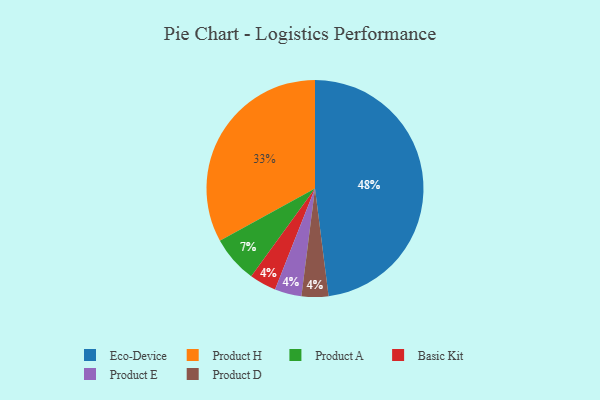
{"axis": {"x": "Category", "y": "Percentage"}, "legend": ["Basic Kit", "Eco-Device", "Product A", "Product D", "Product E", "Product H"], "data": [{"x": "Basic Kit", "y": 4, "type": "Basic Kit"}, {"x": "Eco-Device", "y": 48, "type": "Eco-Device"}, {"x": "Product H", "y": 33, "type": "Product H"}, {"x": "Product E", "y": 4, "type": "Product E"}, {"x": "Product A", "y": 7, "type": "Product A"}, {"x": "Product D", "y": 4, "type": "Product D"}]}